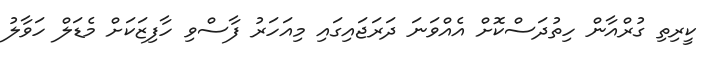
ކީރިތި ގުރްއާން ހިތުދަސްކޮށް އެއްވަނަ ދަރަޖައިގައި މިއަހަރު ފާސްވި ހާފިޒަކަށް މެޑަލް ހަވާލު